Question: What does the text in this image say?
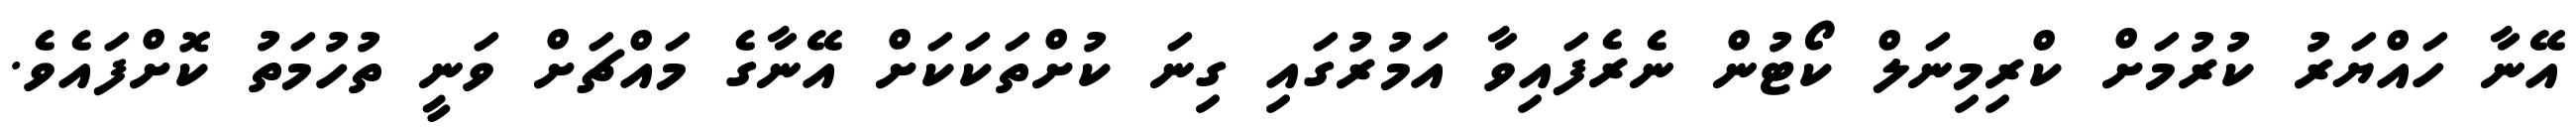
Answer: އޭނާ ހައްޔަރު ކުރުމަށް ކްރިމިނަލް ކޯޓުން ނެރެފައިވާ އަމުރުގައި ގިނަ ކުށްތަކަކަށް އޭނާގެ މައްޗަށް ވަނީ ތުހުމަތު ކޮށްފައެވެ.